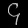
Digit: ၄